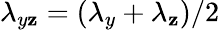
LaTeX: \lambda_{y\mathbf{z}}=(\lambda_{y}+\lambda_{\mathbf{z}})/2